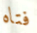
فتاه